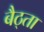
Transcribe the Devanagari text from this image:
बैठ्ता